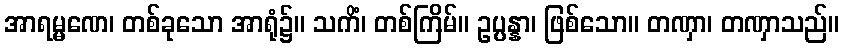
အာရမ္မဏေ၊ တစ်ခုသော အာရုံ၌။ သကိံ၊ တစ်ကြိမ်။ ဥပ္ပန္နာ၊ ဖြစ်သော။ တဏှာ၊ တဏှာသည်။